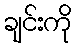
ချင်းကို